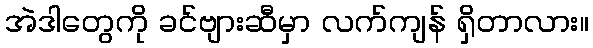
အဲဒါတွေကို ခင်ဗျားဆီမှာ လက်ကျန် ရှိတာလား။